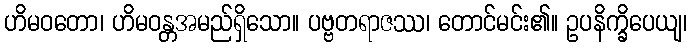
ဟိမဝတော၊ ဟိမဝန္တအမည်ရှိသော။ ပဗ္ဗတရာဇဿ၊ တောင်မင်း၏။ ဥပနိက္ခိပေယျ၊